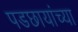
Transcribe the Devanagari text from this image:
पडछायांच्या